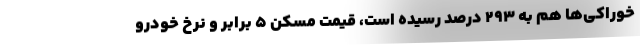
خوراكي‌ها هم به ۲۹۳ درصد رسيده است، قيمت مسكن ۵ برابر و نرخ خودرو